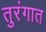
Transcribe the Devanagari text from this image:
तुरंगात